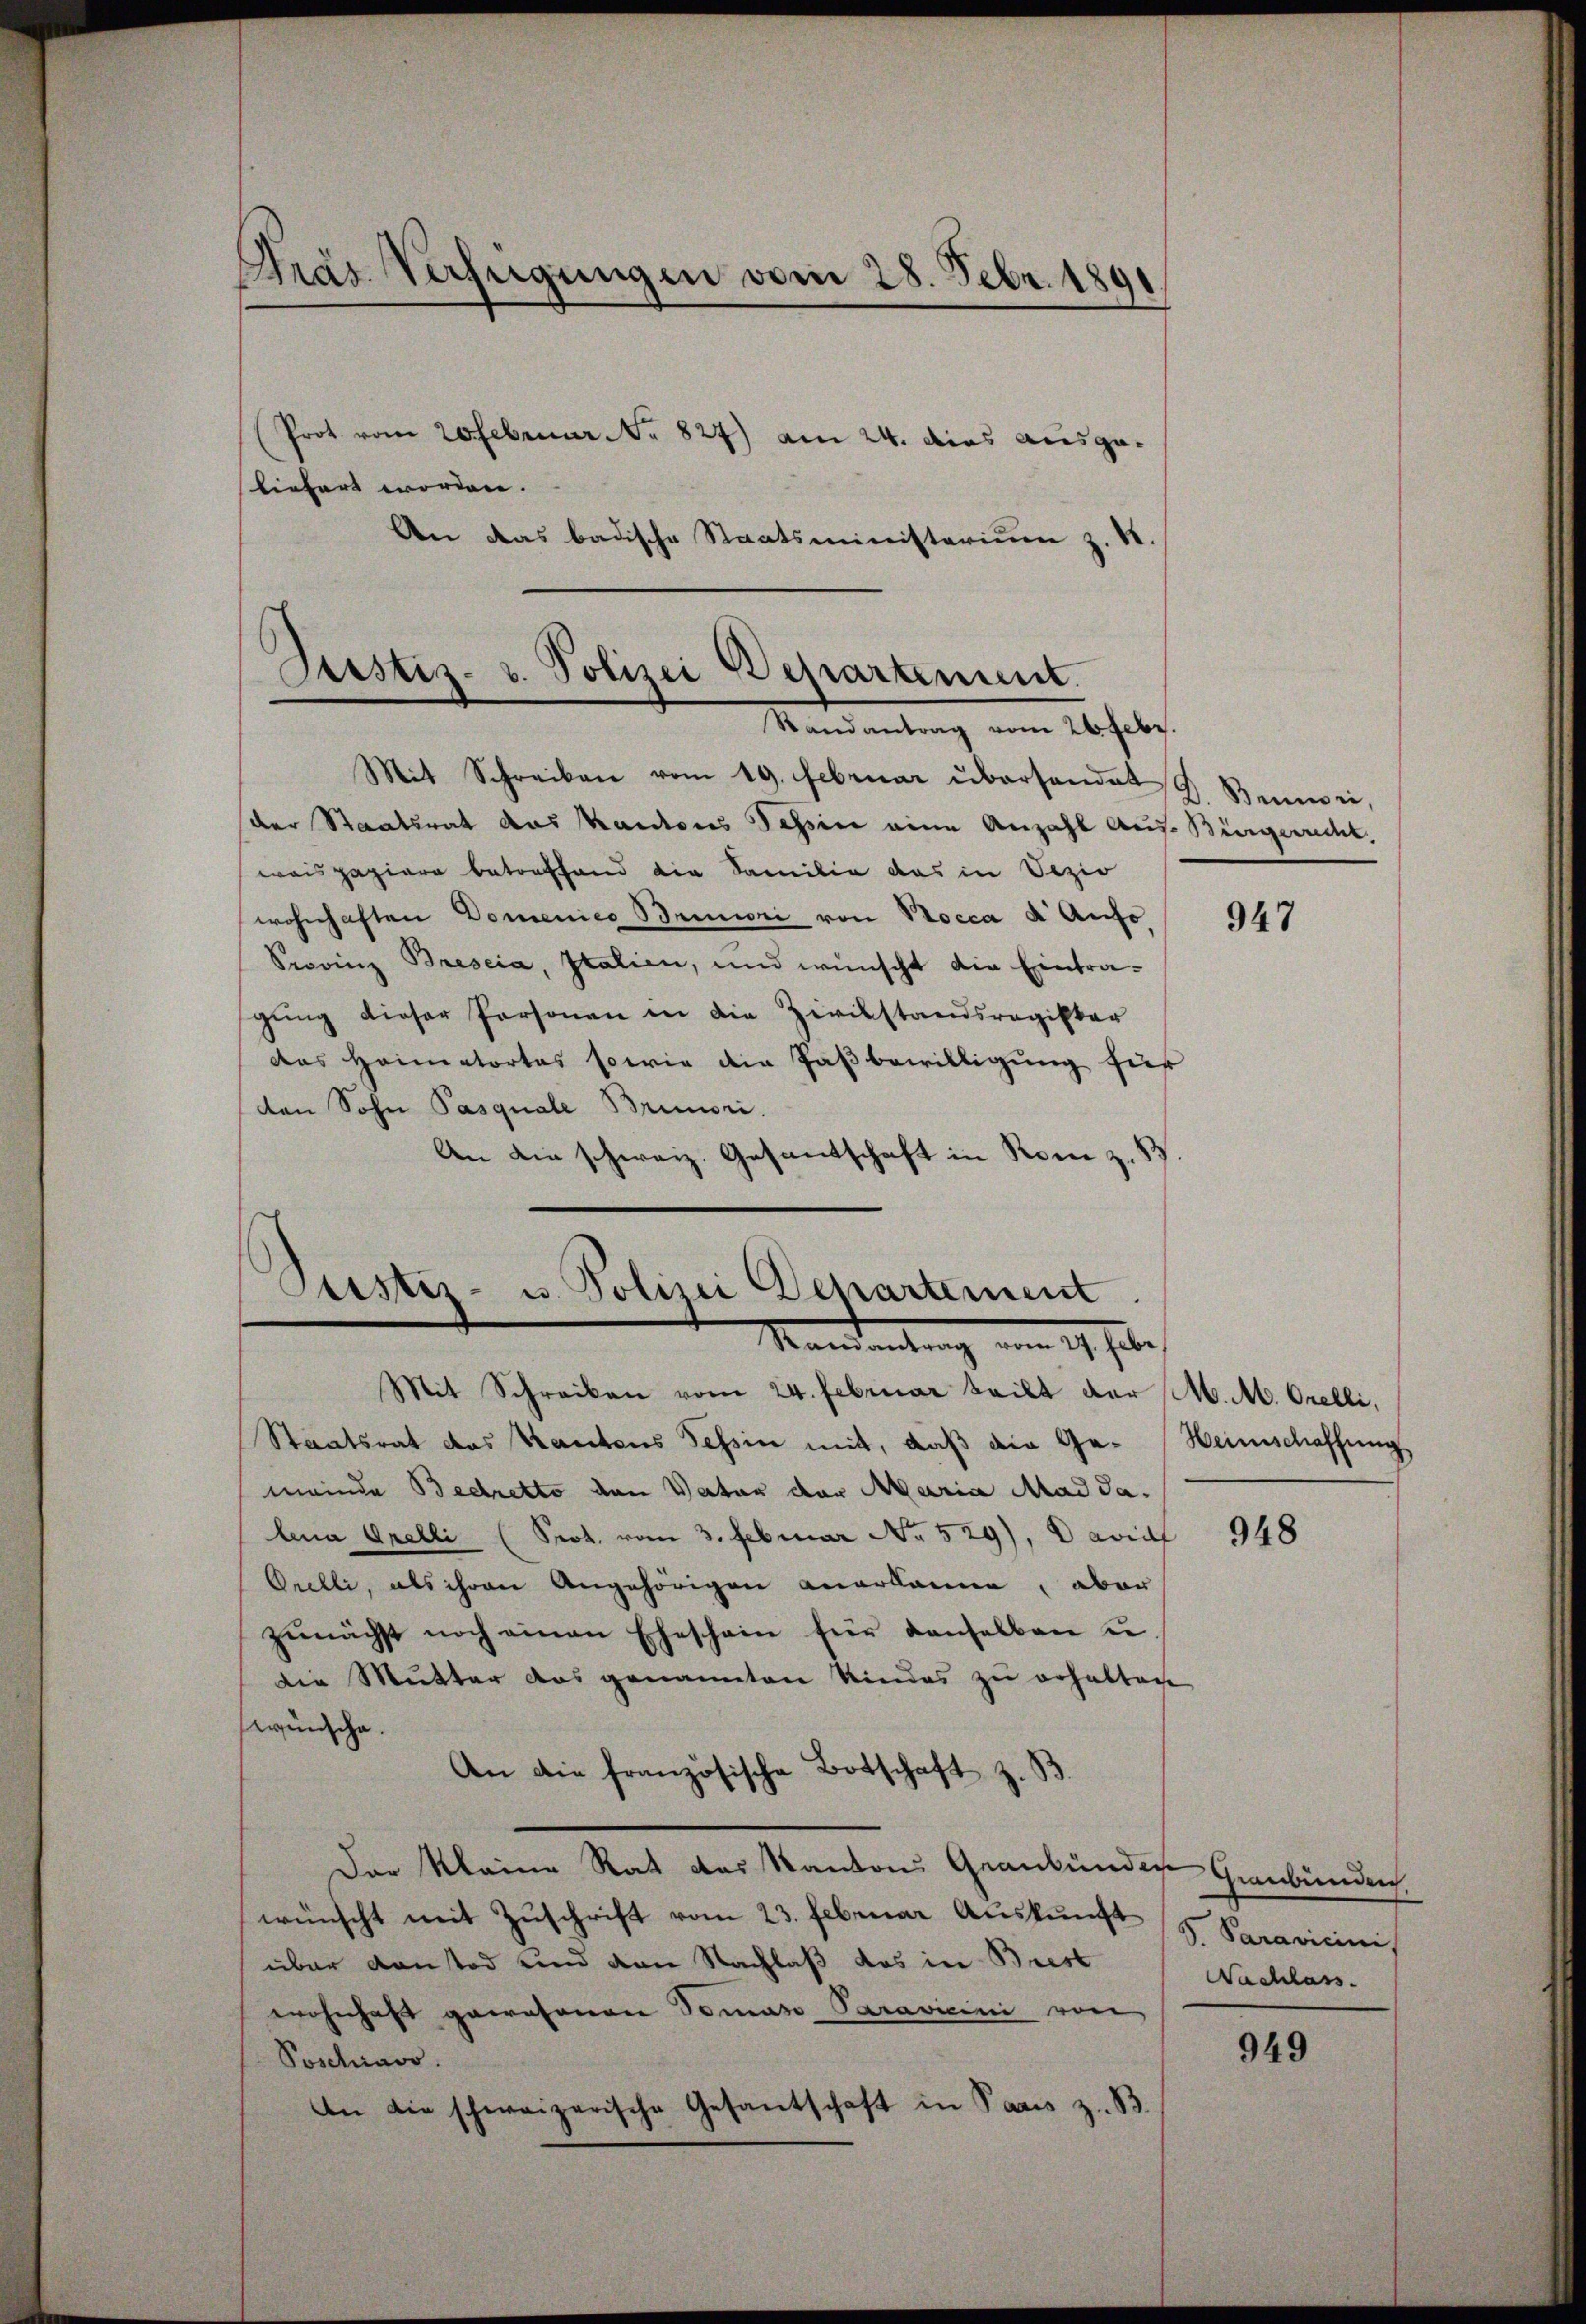
Präs. Verfügungen vom 28. Febr. 1891

Prot vom 20 Februar No. 827) am 24. dies ausgeliefert worden.
An das badische Staatsministerium z. B.

Justiz- u. Polizei Departement.
Mandantung vom 26 febr.

Mit Schreiben vom 19. Februar übersendet & Bennen,
der Staatsrat das Kantons Tessin eine Anzahl auf Bürgerrecht,
wais papiere betreffend die Familie das in Vezio
wohnhaften Domenico Brunori von Bocca d Aufs
Siovinz Bresia, Italien, und wünscht die Eintra-
gung dieser Personen in die Zivilstandsregister
das Heimatortes sowie die Faßbewilligung für
den Sohn Pasquale Brunori.
An die schweiz. Gesantschaft in Rom z. B

Ptistiz- u. Polizei Departement
Manderung vom 19. habe,

Mit Schreiben vom 24. Februar teilt der M. M. Orelli,
Staatsrat des Kantons Tessin mit, daß die Ge- Heimschaffung
meinde Beetretto den Vater der Maria Mad Jalena Grelli (Prot. vom 3. Februar No. 529) Davri
Orelli, als ihren Angehörigen anerkanne, aber
zŭnächst noch einen Eheschein für denselben u.
die Mutter das genannten Kindes zu erhaltige
wünsche.
An die französische Botschaft z. B
Der Kleine Rat das Kantons Graubünden
wünscht mit Zuschrift vom 23. Februar Auskunft
über Kantod und den Nachlaß das in Brest
wohnhaft gewesenen Tomaso Paravicini von
Poschinor.
An die schweizerische Gesantschaft in Paris z. B.

947

948

sienbunden
S. Paravicini,
Nachlass.

949